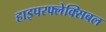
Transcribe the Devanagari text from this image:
हाइपरफ्लेक्सिबल